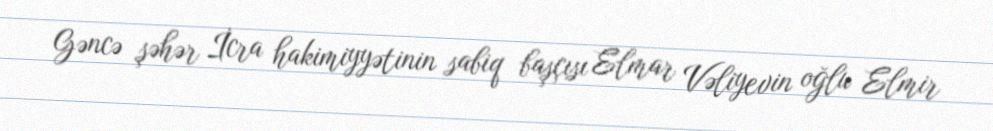
Gəncə şəhər İcra hakimiyyətinin sabiq başçısı Elmar Vəliyevin oğlu Elmir